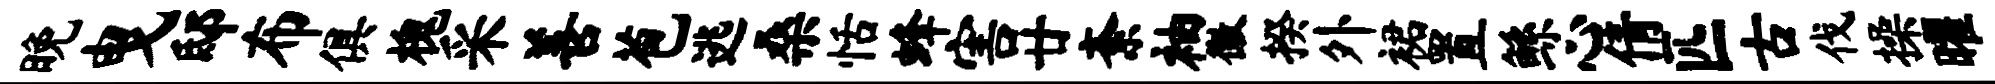
晚曳邸布俱槐采善苞逃桑恬蜂害廿紊袖徽揆外裙置鲧心倩匹古伐操曜